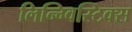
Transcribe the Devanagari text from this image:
लिन्ग्विस्टिक्स